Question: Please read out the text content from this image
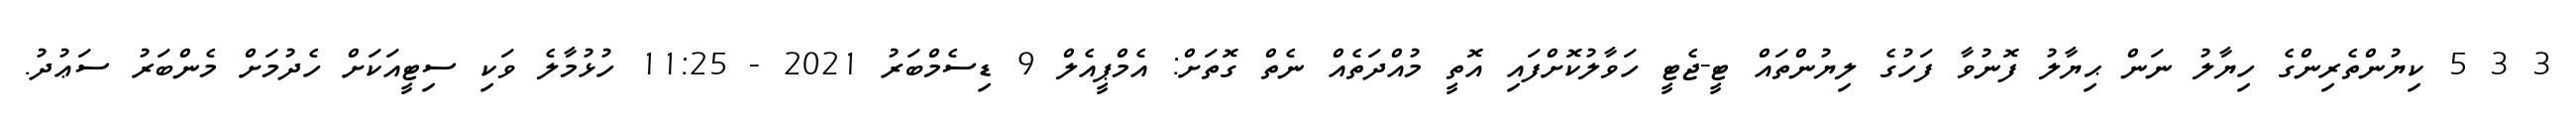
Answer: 3 3 5 ކިޔުންތެރިންގެ ހިޔާލު ނަން ޙިޔާލު ފޮނުވާ ފަހުގެ ލިޔުންތައް ޓީ-ޖެޓީ ހަވާލުކޮށްފައި އޮތީ މުއްދަތެއް ނެތް ގޮތަށް: އެމްޕީއެލް 9 ޑިސެމްބަރު 2021 - 11:25 ހުޅުމާލެ ވަކި ސިޓީއަކަށް ހެދުމަށް މެންބަރު ސަޢުދު.